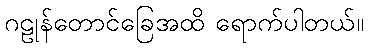
ဂဠုန်တောင်ခြေအထိ ရောက်ပါတယ်။